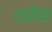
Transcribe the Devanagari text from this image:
शातेया